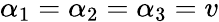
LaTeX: \alpha_{1}=\alpha_{2}=\alpha_{3}=v